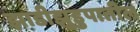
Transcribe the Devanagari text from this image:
झाडीझुडुपातील